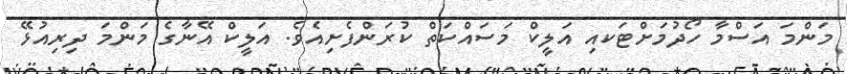
މަންމަ އަސްމާ ހޯދުމަށްޓަަކއި އަލީކް މަސައްކަތް ކުރަންފެށިއެވެ. އަލީކް އޭނާގެ މަންމަ ދިރިއުޅޭ